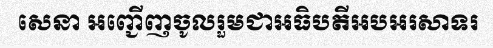
សេនា អញ្ជើញចូលរួមជាអធិបតីអបអរសាទរ